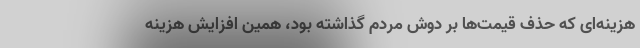
هزینه‌ای که حذف قیمت‌ها بر دوش مردم گذاشته بود، همین افزایش هزینه